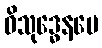
ဝိသုဒ္ဓေနပေ